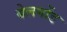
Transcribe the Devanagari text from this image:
बेलगोंड